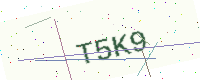
Text: T5K9